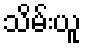
သိမ်းယူ